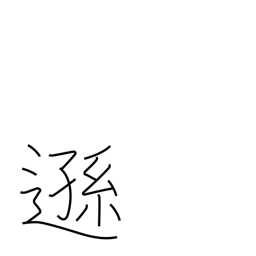
Meaning: humble